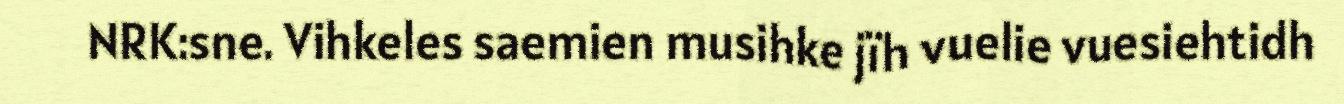
NRK:sne. Vihkeles saemien musihke jïh vuelie vuesiehtidh